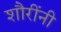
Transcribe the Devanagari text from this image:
शौरींनी